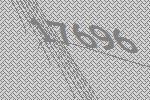
17696